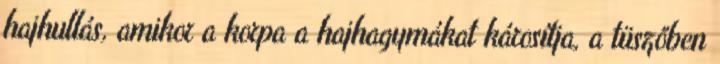
hajhullás, amikor a korpa a hajhagymákat károsítja, a tüszőben